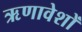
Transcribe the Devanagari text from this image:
ऋणावेशों